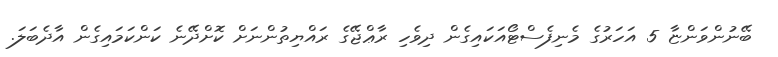
ބޭނުންވަންޏާ 5 އަހަރުގެ މެނިފެސްޓޯއަކައިގެން ދިވެހި ރާޢްޖޭގެ ރައްޔިތުންނަށް ކޮށްދޭނެ ކަންކަމައިގެން އާދެބަލަ.